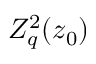
Z _ { q } ^ { 2 } ( z _ { 0 } )